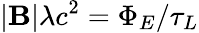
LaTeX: |\textbf{B}|\lambda c^{2}=\Phi_{E}/\tau_{L}